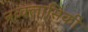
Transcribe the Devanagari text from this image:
नव्क्लासिकी